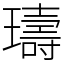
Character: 璹